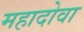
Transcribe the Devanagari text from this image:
महादोवा